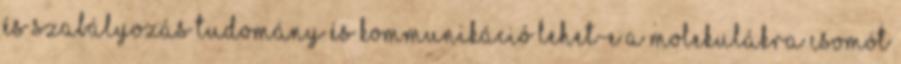
és szabályozás Tudomány és kommunikáció Lehet-e a molekulákra csomót